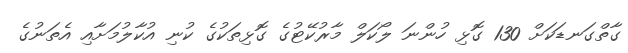
ގާތްގަނޑަކަށް 130 ގޮޅި ހުންނަ ލޯކަލް މާރުކޭޓުގެ ގޮޅިތަކުގެ ކުނި އުކާލުމަށާއި އެތަނުގެ